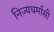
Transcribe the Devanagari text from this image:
निज्यधर्मासी